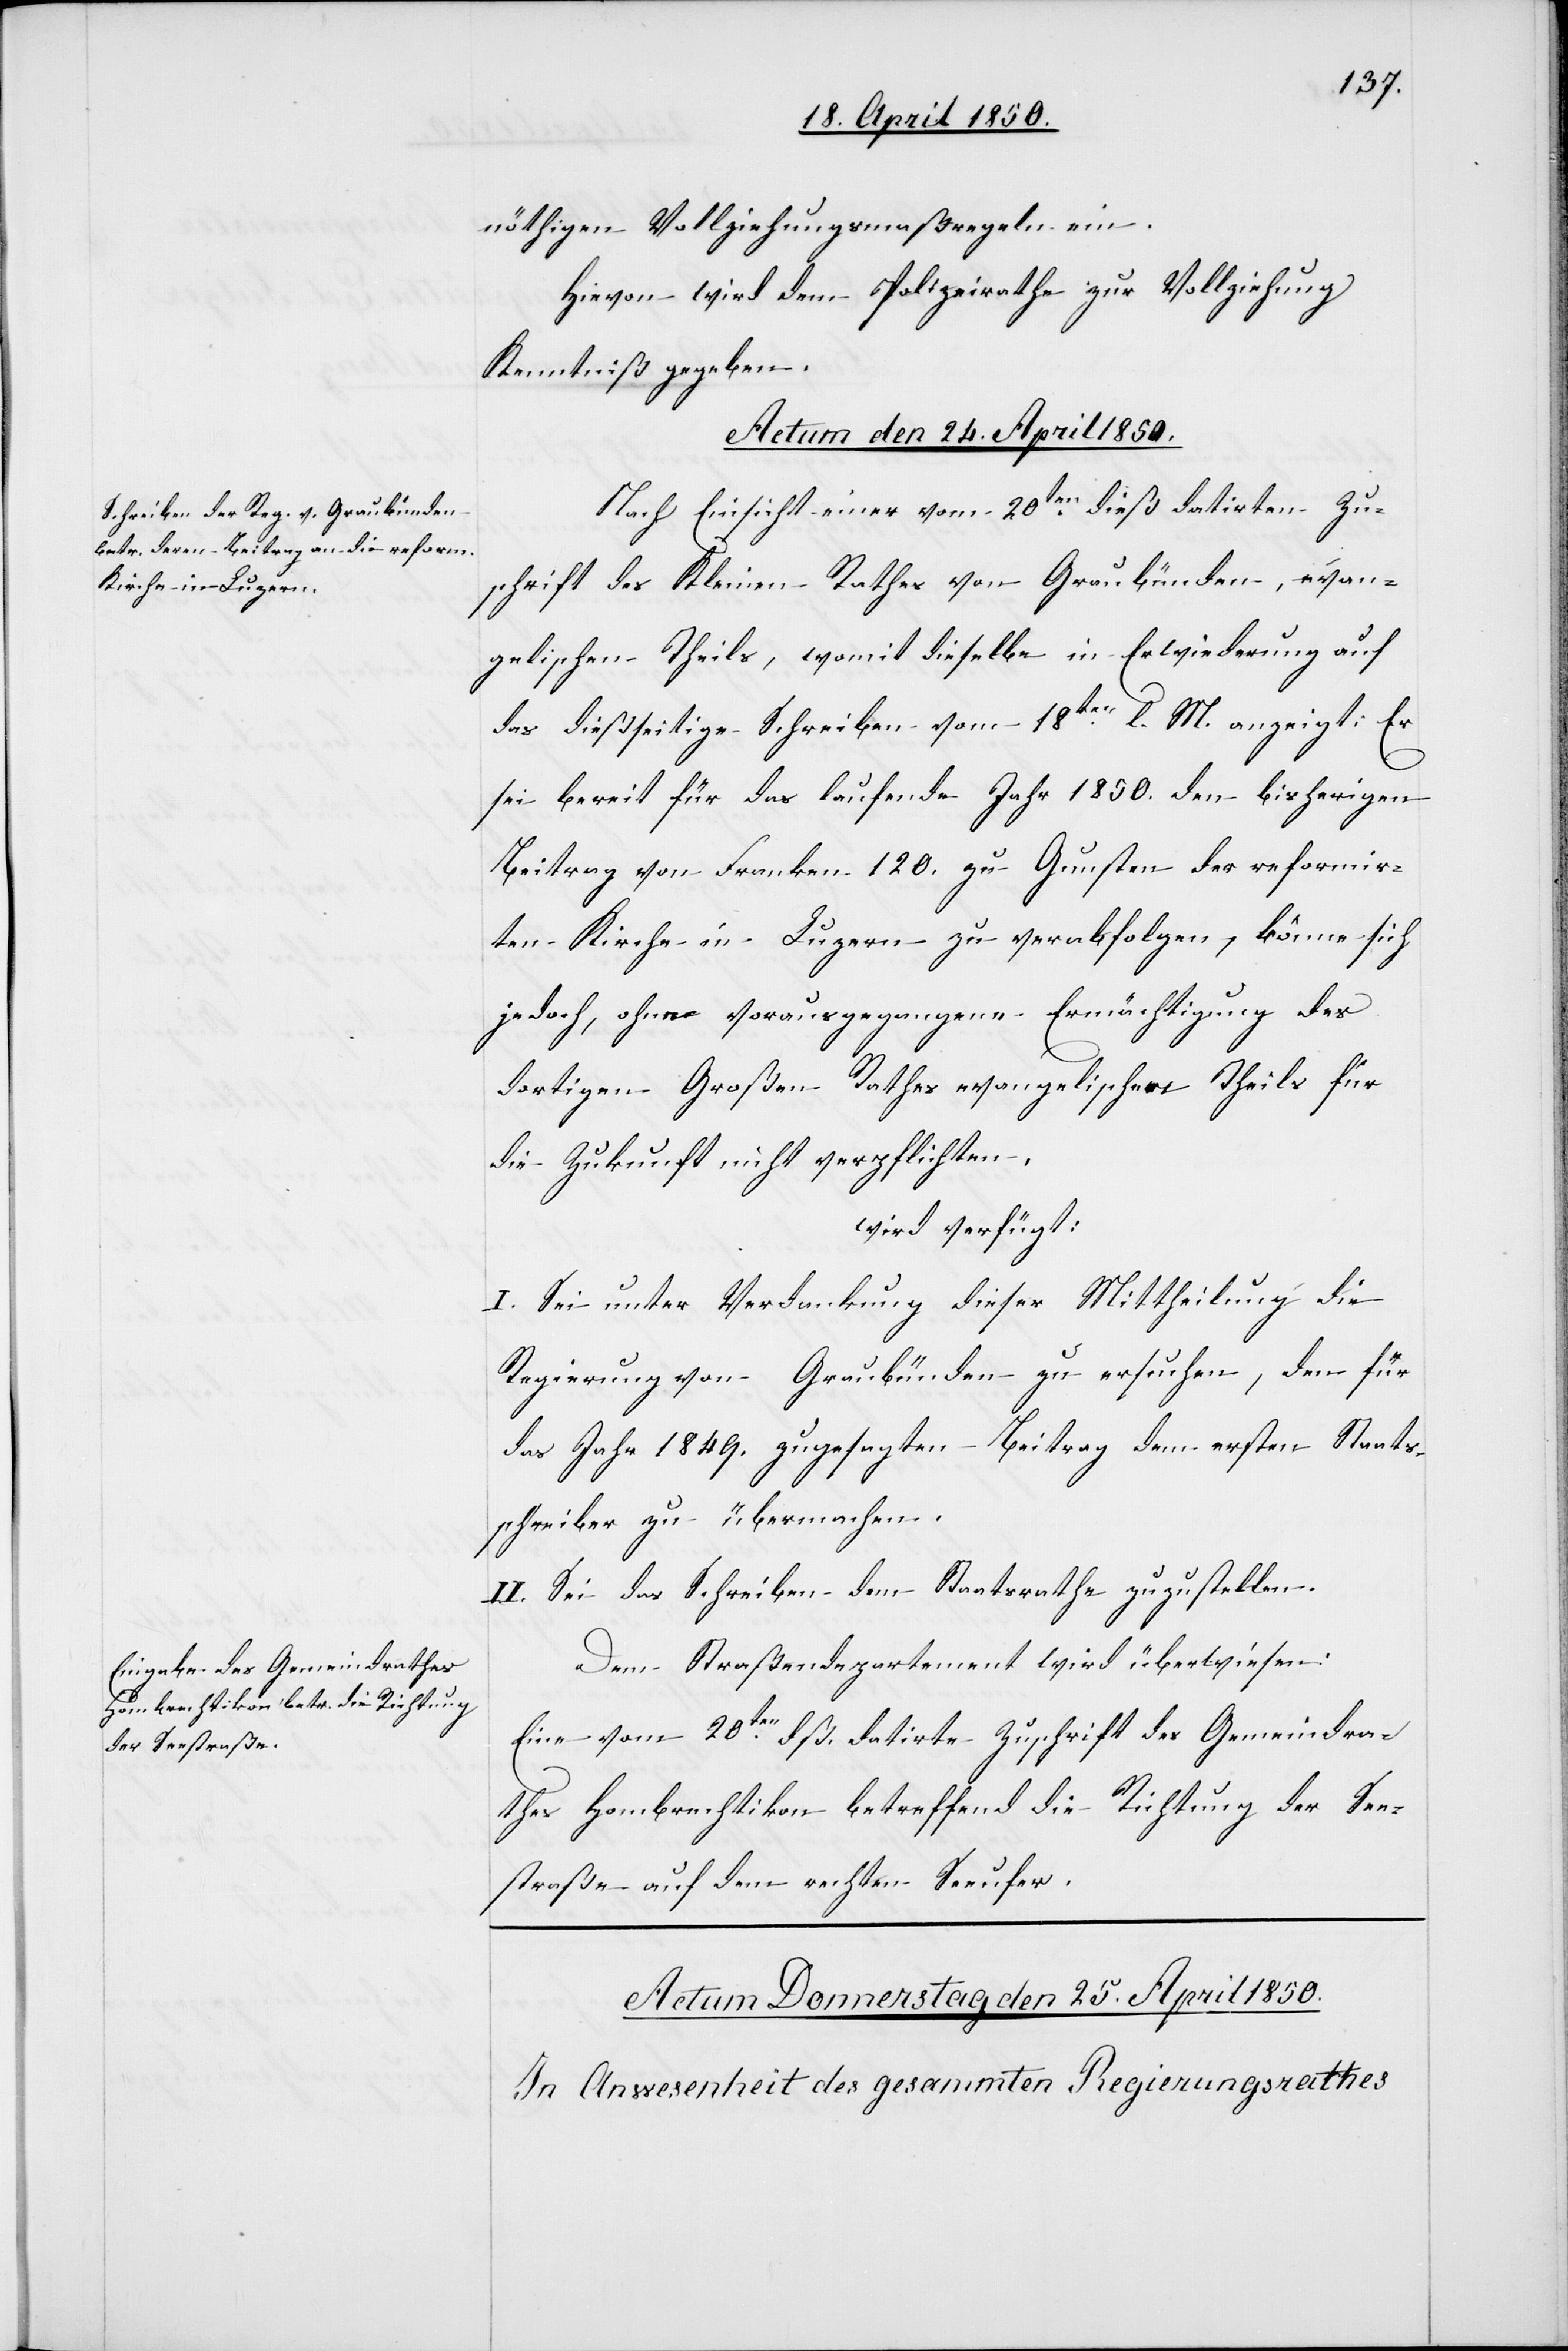
nöthigen Vollziehungsmaßregeln ein.
Hievon wird dem Polizeirathe zur Vollziehung
Kenntniß gegeben.
Actum den 24. April 1850.]
Nach Einsicht einer vom 20ten dieß datirten Zu¬
schrift des Kleinen Rathes von Graubünden, evan¬
gelischen Theils, womit dieselbe in Erwiederung auf
das dießseitige Schreiben vom 18ten l. M. anzeigt: Er
sei bereit für das laufende Jahr 1850. den bisherigen
Beitrag von Franken 120. zu Gunsten der reformir¬
ten Kirche in Luzern zu verabfolgen, könne sich
jedoch, ohne vorausgegangene Ermächtigung des
dortigen Großen Rathes evangelischen Theils für
die Zukunft nicht verpflichten,
wird verfügt:
I. Sei unter Verdankung dieser Mittheilung die
Regierung von Graubünden zu ersuchen, den für
das Jahr 1849. zugesagten Beitrag dem ersten Staats¬
schreiber zu übermachen.
II. Sei das Schreiben dem Staatsrathe zuzustellen.
Dem Straßendepartement wird überwiesen:
Eine vom 20ten dß. datirte Zuschrift des Gemeindra¬
thes Hombrechtikon betreffend die Richtung der See¬
straße auf dem rechten Seeufer.